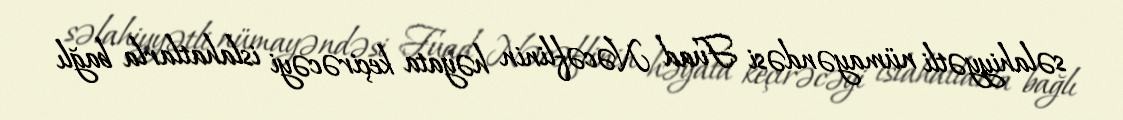
səlahiyyətli nümayəndəsi Fuad Nəcəflinin həyata keçirəcəyi islahatlarla bağlı